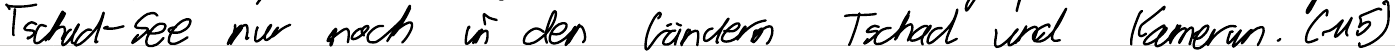
Tschad-See nur noch in den Ländern Tschad und Kamerun. (M5)